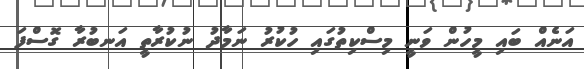
އަނެއް ބައި މީހުން ވަނީ މިސްކިތުގައި ހުކުރު ނަމާދު ނުކުރާތީ އަނބުރާ ގޮސްފަ